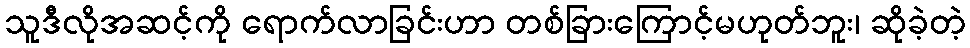
သူဒီလိုအဆင့်ကို ရောက်လာခြင်းဟာ တစ်ခြားကြောင့်မဟုတ်ဘူး၊ ဆိုခဲ့တဲ့